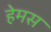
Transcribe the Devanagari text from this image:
हेमस